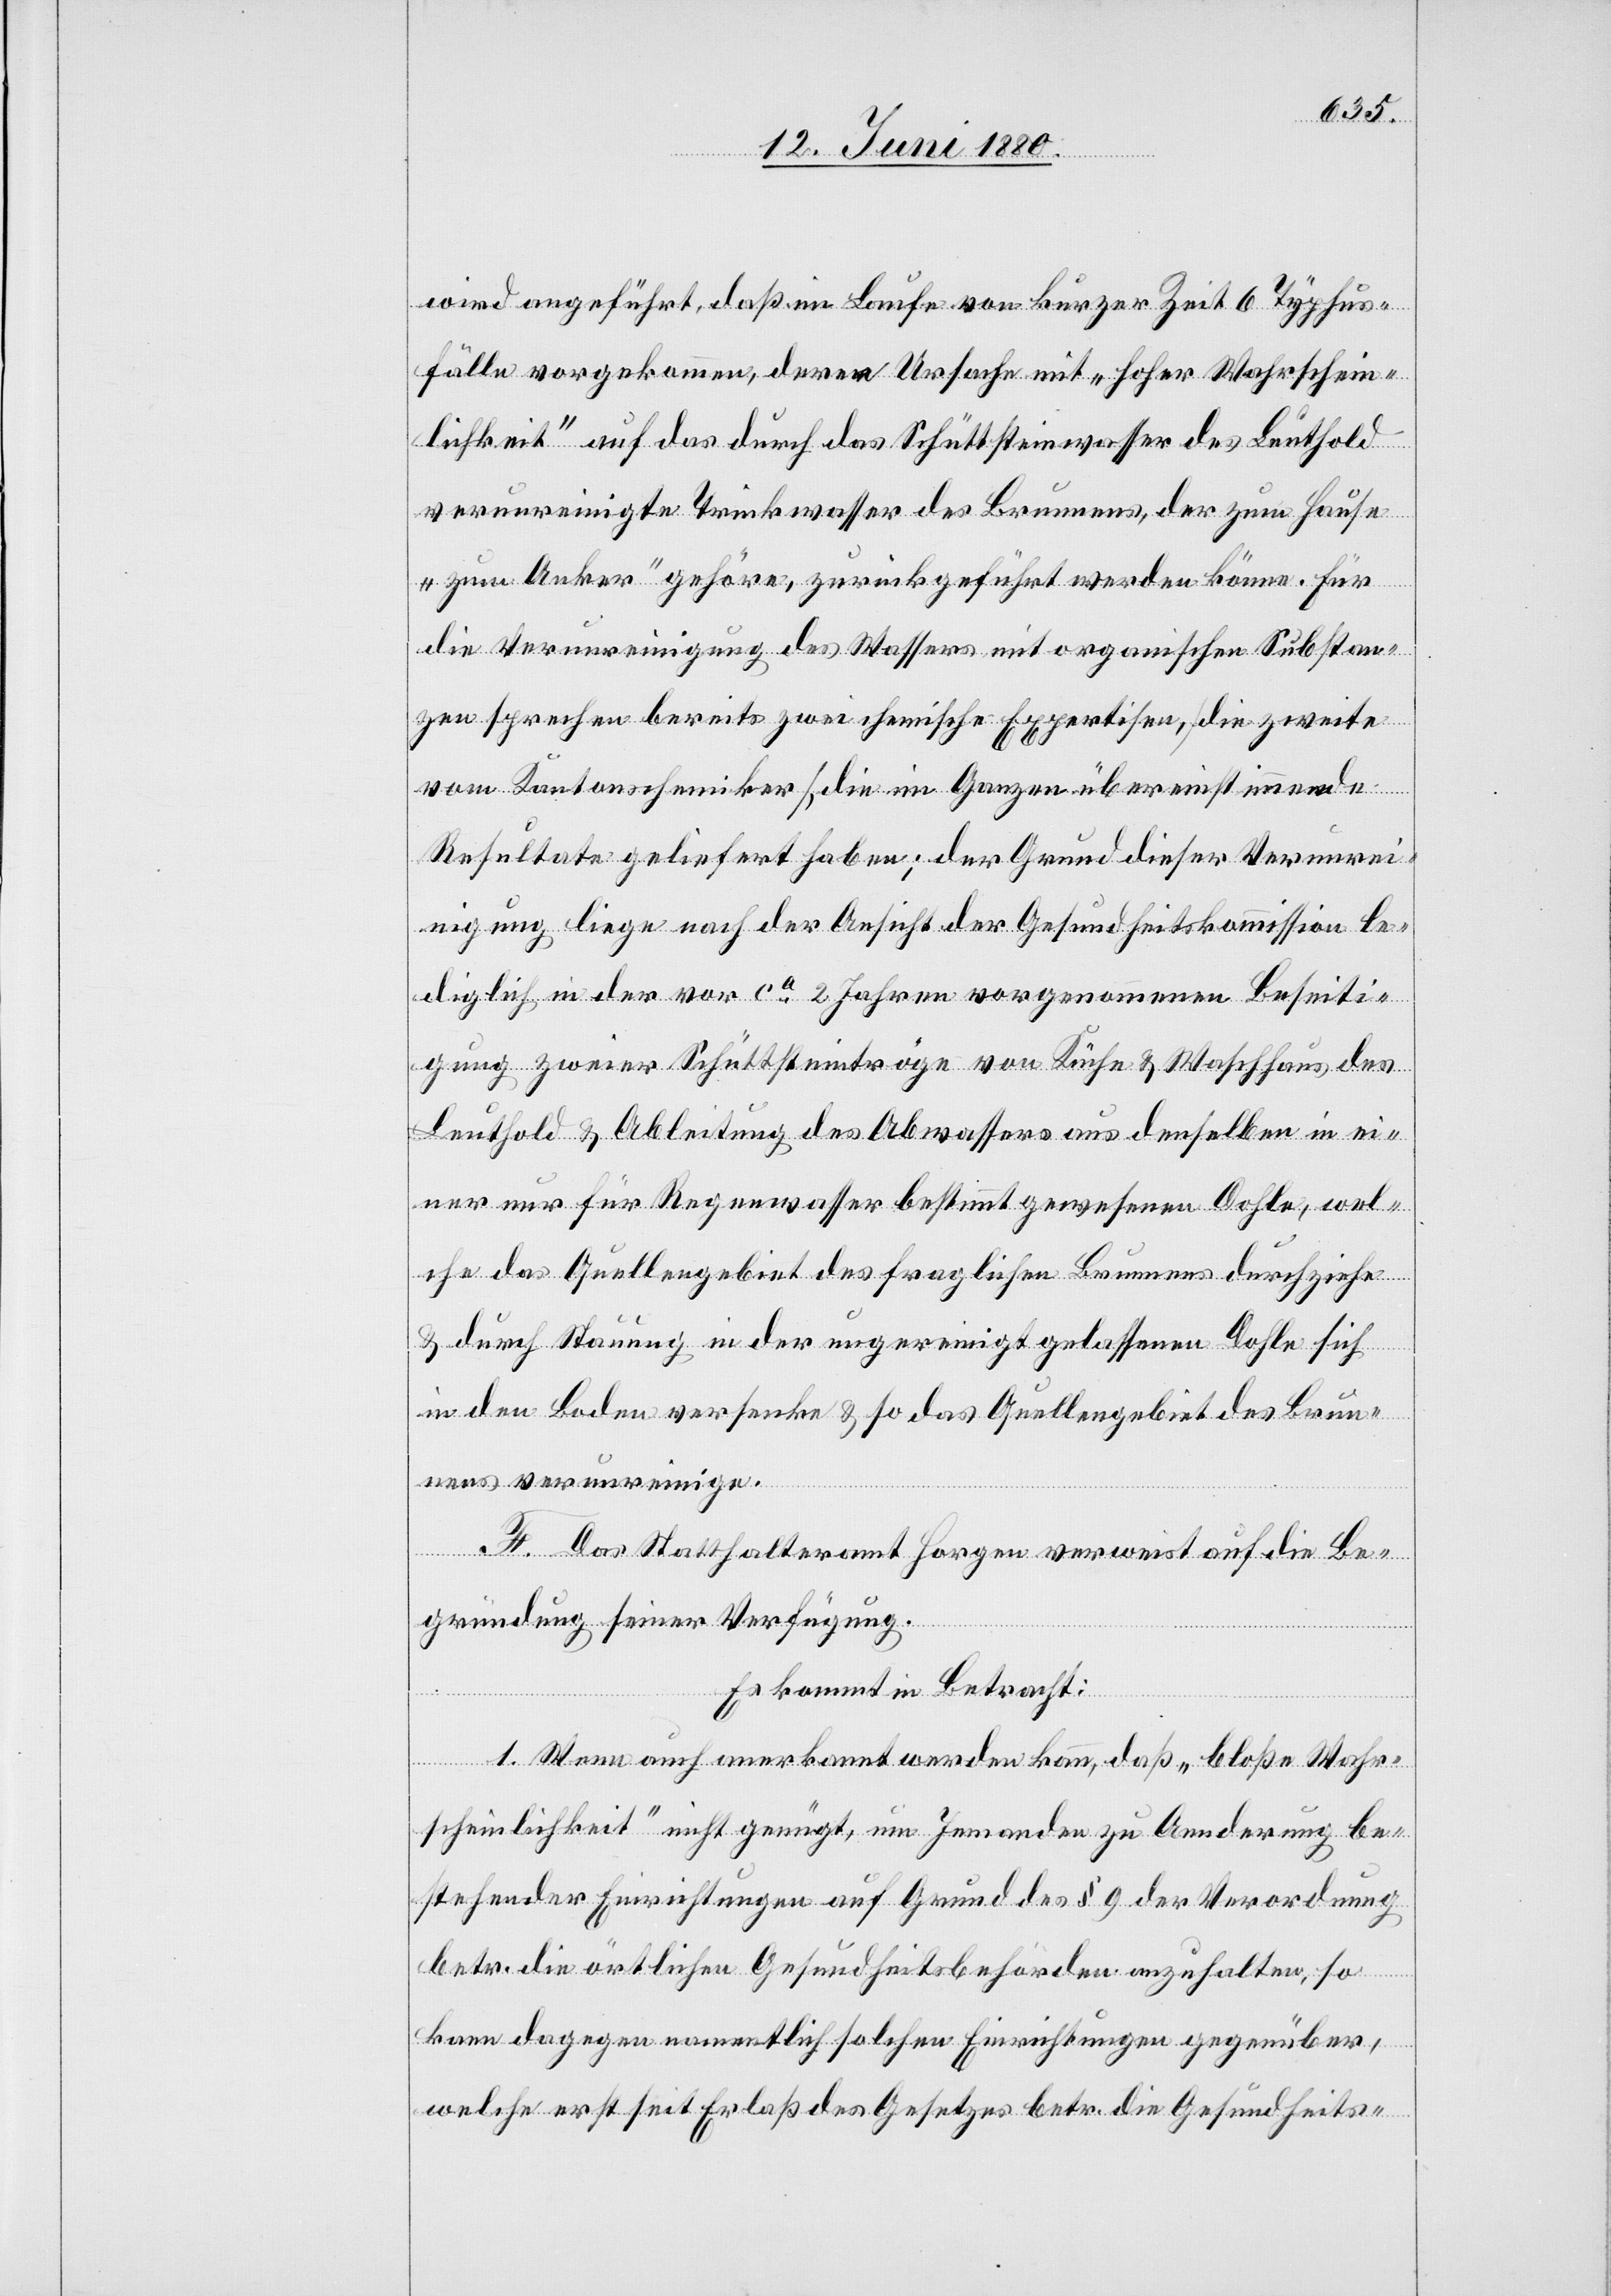
wird angeführt, daß im Laufe von kurzer Zeit 6 Typhus¬
fälle vorgekommen, deren Ursache mit „hoher Wahrschein¬
lichkeit“ auf das durch das Schüttsteinwasser des Leuthold
verunreinigte Trinkwasser des Brunnens, der zum Hause
„zum Anker“ gehöre, zurückgeführt werden könne. Für
die Verunreinigung des Wassers mit organischen Substan¬
zen sprechen bereits zwei chemische Expertisen, [die zweite
vom Kantonschemiker,] die im Ganzen übereinstimmende
Resultate geliefert haben; der Grund dieser Verunrei¬
nigung liege nach der Ansicht der Gesundheitskommission le¬
diglich in der vor ca 2 Jahren vorgenommenen Beseiti¬
gung zweier Schüttsteintröge von Küche & Waschhaus des
Leuthold & Ableitung des Abwassers aus denselben in ei¬
ner nur für Regenwasser bestimmt gewesenen Dohle, wel¬
che das Quellengebiet des fraglichen Brunnens durchziehe
& durch Stauung in der ungereinigt gelassenen Dohle sich
in den Boden versenke & so das Quellengebiet des Brun¬
nen verunreinige.
F. Das Statthalteramt Horgen verweist auf die Be¬
gründung seiner Verfügung.
Es kommt in Betracht:
1. Wenn auch anerkannt werden kann, daß „bloße Wahr¬
scheinlichkeit“ nicht genügt, um Jemanden zu Aenderung be¬
stehender Einrichtungen auf Grund des § 9 der Verordnung
betr. die örtlichen Gesundheitsbehörden anzuhalten, so
kann dagegen namentlich solchen Einrichtungen gegenüber,
welche erst seit Erlaß des Gesetzes betr. die Gesundheits-